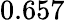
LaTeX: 0.657